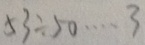
5 3 \div 5 0 \cdots 3